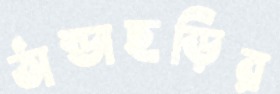
ঠান্ডাছড়ির